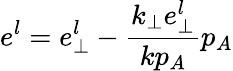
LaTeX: e^{l}=e_{\perp}^{l}-\frac{k_{\perp}e_{\perp}^{l}}{kp_{A}}p_{A}